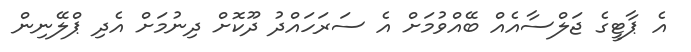
އެ ޕާޓީގެ ޖަލްސާއެއް ބޭއްވުމަށް އެ ސަރަހައްދު ދޫކޮށް ދިނުމަށް އެދި ޕްލޭނިން